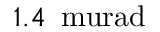
1 . 4 \, \mathrm { \ m u r a d }